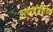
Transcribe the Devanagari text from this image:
इत्यादीविविध